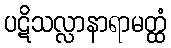
ပဋိသလ္လာနာရာမတ္ထံ